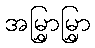
အမြွှာမြွှာ